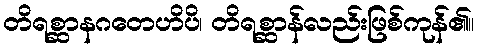
တိရစ္ဆာနဂတေဟိပိ၊ တိရစ္ဆာန်လည်းဖြစ်ကုန်၏။